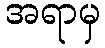
အရာမှ